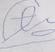
Signature authenticity: forged